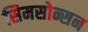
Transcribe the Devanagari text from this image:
सिमसोन्सन